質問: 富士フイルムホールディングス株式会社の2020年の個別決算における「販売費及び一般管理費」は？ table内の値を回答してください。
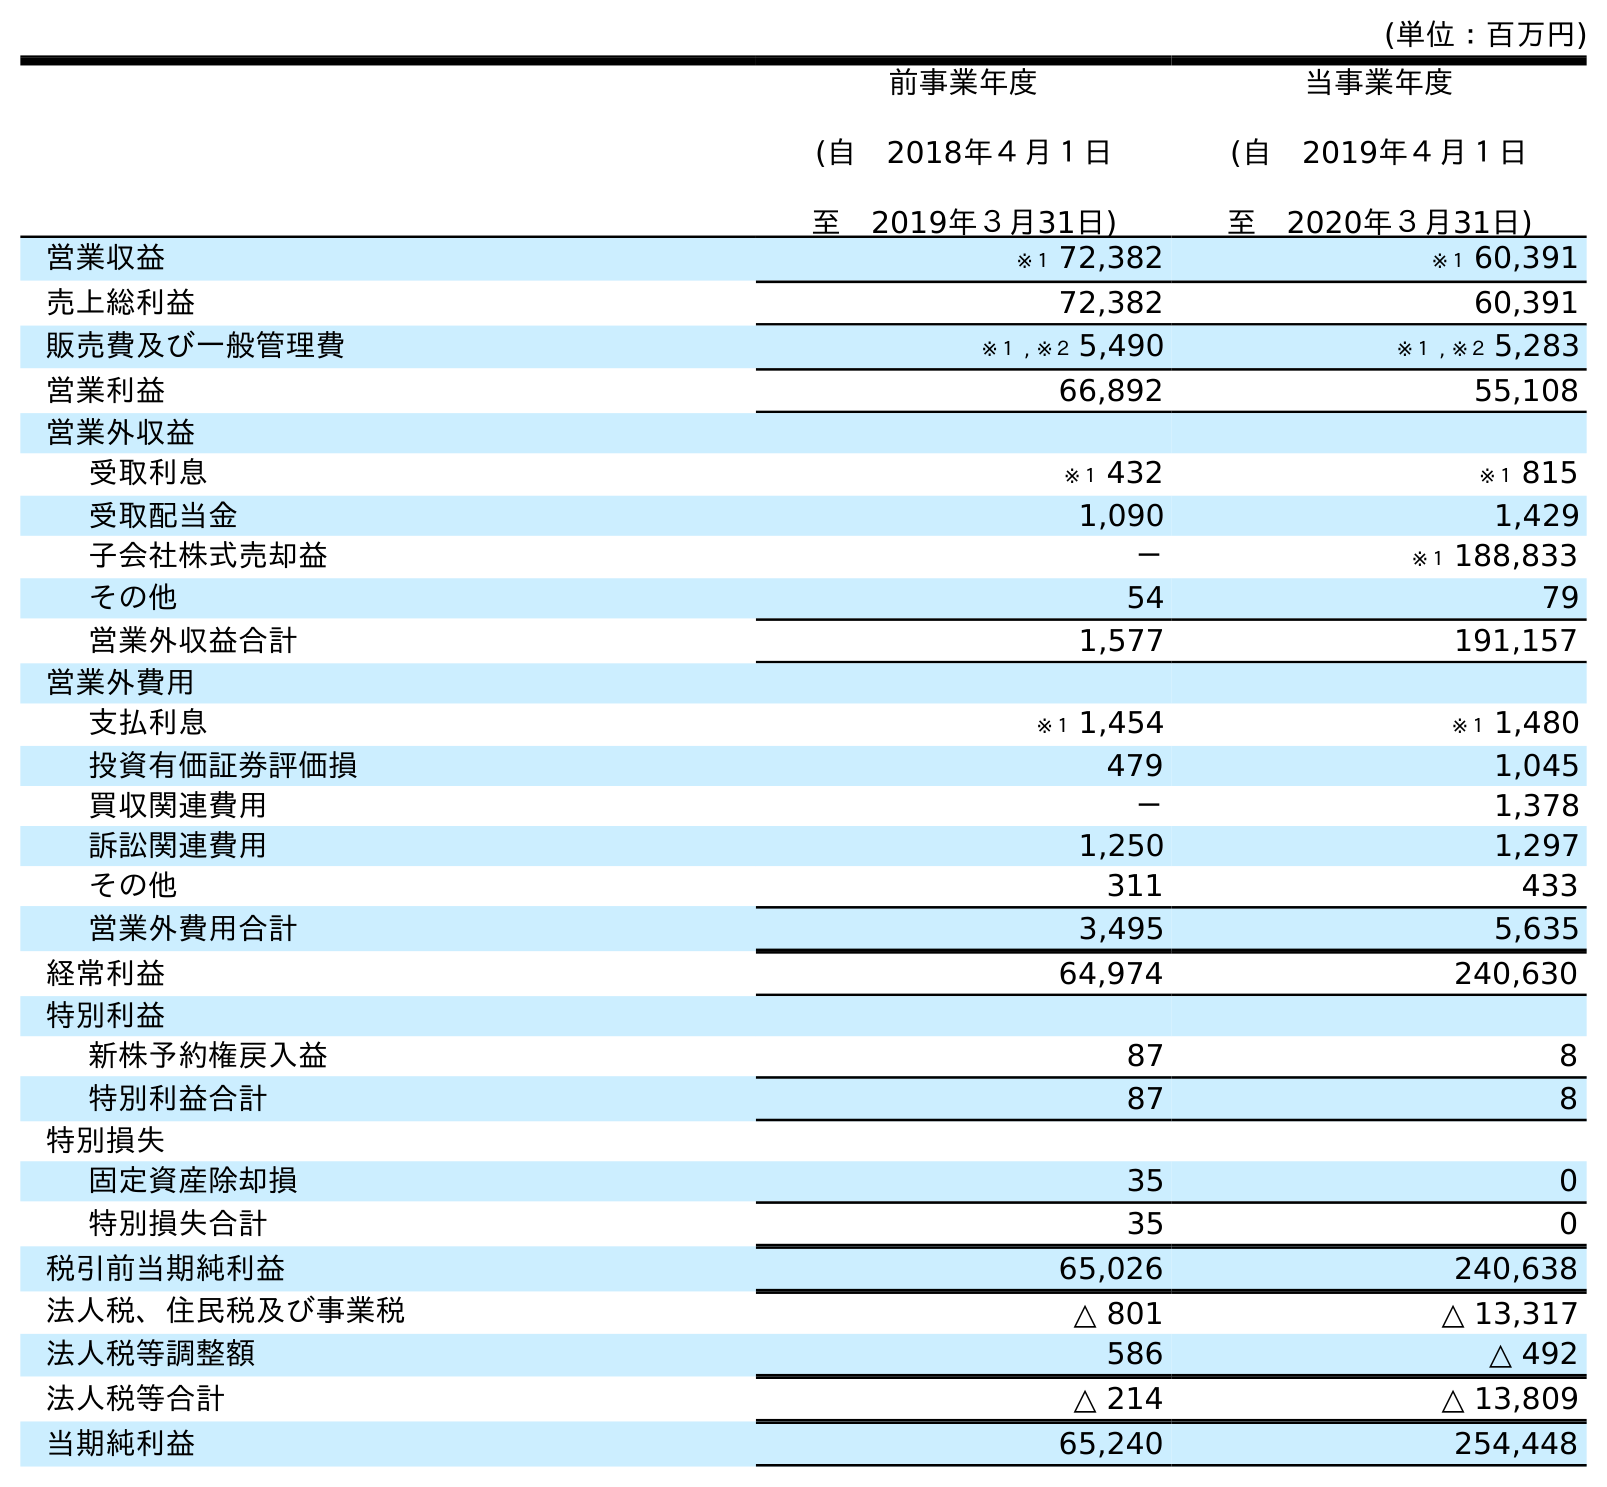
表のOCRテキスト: (単位：百万円) 前事業年度 (自 2018年４月１日 至 2019年３月31日) 当事業年度 (自 2019年４月１日 至 2020年３月31日) 営業収益 ※１ 72,382 ※１ 60,391 売上総利益 72,382 60,391 販売費及び一般管理費 ※１ , ※２ 5,490 ※１ , ※２ 5,283 営業利益 66,892 55,108 営業外収益 受取利息 ※１ 432 ※１ 815 受取配当金 1,090 1,429 子会社株式売却益 － ※１ 188,833 その他 54 79 営業外収益合計 1,577 191,157 営業外費用 支払利息 ※１ 1,454 ※１ 1,480 投資有価証券評価損 479 1,045 買収関連費用 － 1,378 訴訟関連費用 1,250 1,297 その他 311 433 営業外費用合計 3,495 5,635 経常利益 64,974 240,630 特別利益 新株予約権戻入益 87 8 特別利益合計 87 8 特別損失 固定資産除却損 35 0 特別損失合計 35 0 税引前当期純利益 65,026 240,638 法人税、住民税及び事業税 △ 801 △ 13,317 法人税等調整額 586 △ 492 法人税等合計 △ 214 △ 13,809 当期純利益 65,240 254,448
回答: ※１,※２5,283